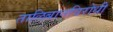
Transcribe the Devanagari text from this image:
तालिबानविरोधी